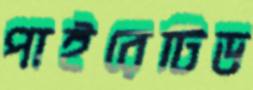
পাইরেটিড